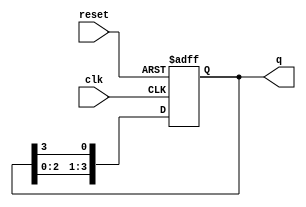
module ring_counter (
    input wire clk,         // Clock signal
    input wire reset,       // Asynchronous reset signal
    output reg [3:0] q      // 4-bit output representing the state of the counter
);

    // Initial state
    initial begin
        q = 4'b0001; // Start with the first state
    end

    always @(posedge clk or posedge reset) begin
        if (reset) begin
            q <= 4'b0001; // Reset to initial state
        end else begin
            // Shift the '1' to the left, wrapping around
            q <= {q[2:0], q[3]}; // Shift left and wrap around
        end
    end

endmodule